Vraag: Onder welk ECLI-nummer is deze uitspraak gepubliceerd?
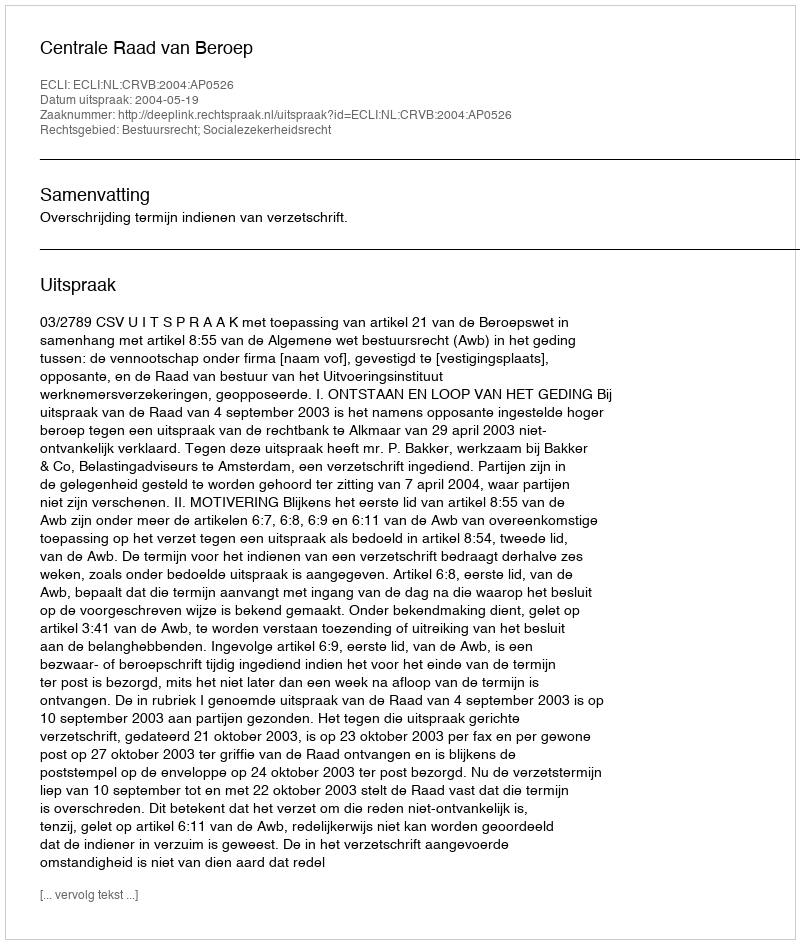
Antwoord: ECLI:NL:CRVB:2004:AP0526